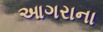
આગરાના